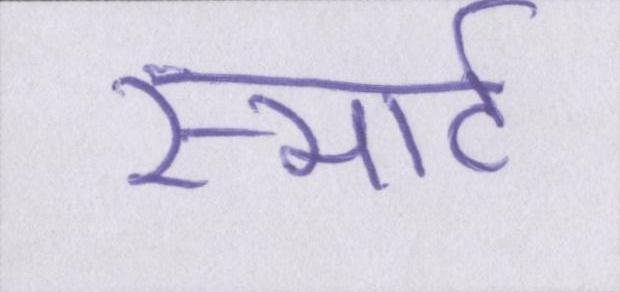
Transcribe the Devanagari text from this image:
स्मार्ट